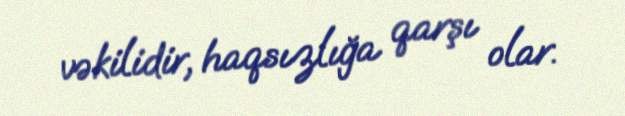
vəkilidir, haqsızlığa qarşı olar.